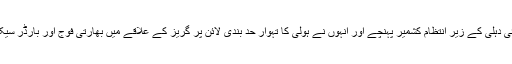
بھارتی وزیر اعظم نریندر مودی جمعرات کو اچانک نئی دہلی کے زیر انتظام کشمیر پہنچے اور انہوں نے ہولی کا تہوار حد بندی لائن پر گریز کے علاقے میں بھارتی فوج اور بارڈر سیکیورٹی فورسز کے افسروں اور سپاہیوں کے ساتھ منایا۔